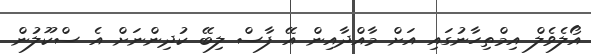
އޯލެވެލް އިމްތިހާނުގައި އަށް މާއްދާއިން އޭ ފާސް ލިބޭ ކުދިންނަށް އެ ސްކޫލުން